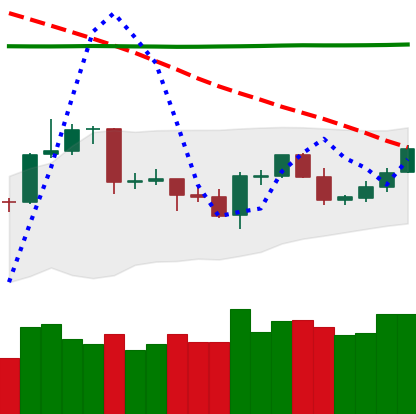
Ticker: LTC-USD
Chart end date: 2020-04-24
Forward return: 9.754%
Label: up_7plus